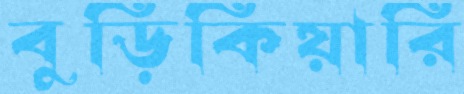
বুড়িকিয়ারি